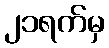
၂၁ရက်မှ